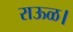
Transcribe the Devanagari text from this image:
राऊळ।